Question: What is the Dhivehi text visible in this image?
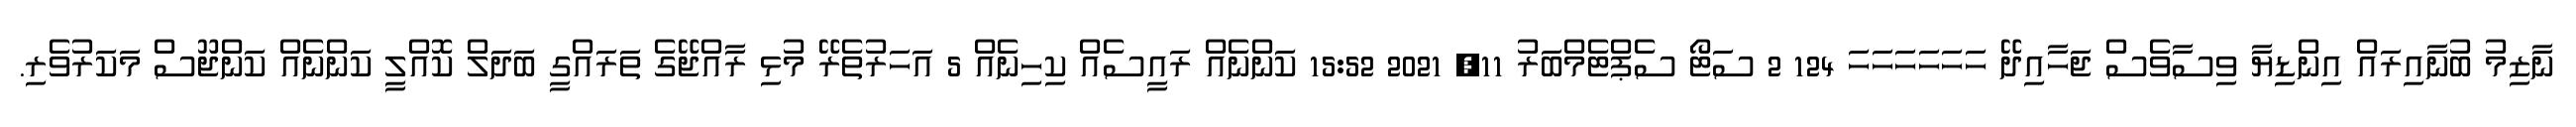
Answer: ނާޒިމު ބުނާއިރައް އިންޑިޔާ ވިސާވެސް ޖަހާއިދޭ ހަހަހަހަހަހަ 124 2 ސަޓޯ ސެޕްޓެމްބަރު 11, 2021 15:52 ކަންނެއް ރައީސެއް ކިހިނެއް 5 އަހަރުތެރޭ މުޅި ރާއްޖޭގެ ތަރައްގީ ބަދަލް ކޮއްލީ ކަންނެއް ކަންޖޫސް މަކަރުވެރި.